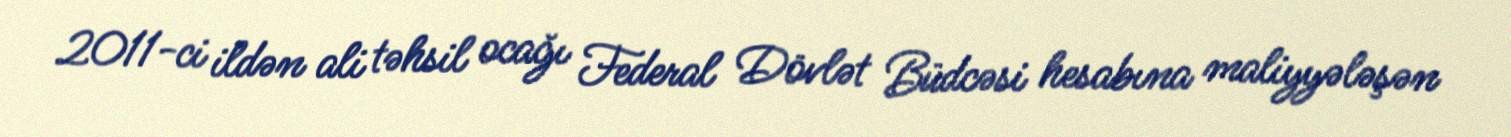
2011-ci ildən ali təhsil ocağı Federal Dövlət Büdcəsi hesabına maliyyələşən